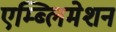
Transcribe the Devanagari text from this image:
एम्ब्लिमेशन